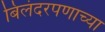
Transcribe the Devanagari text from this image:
बिलंदरपणाच्या